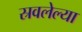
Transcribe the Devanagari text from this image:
स्रवलेल्या